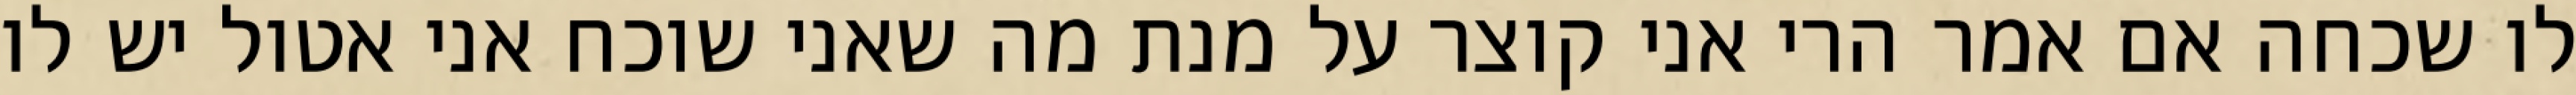
לו שכחה אם אמר הרי אני קוצר על מנת מה שאני שוכח אני אטול יש לו